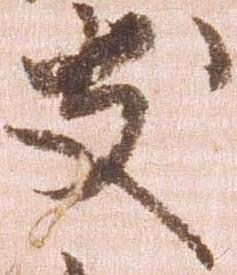
友